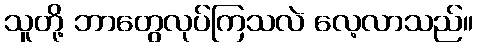
သူတို့ ဘာတွေလုပ်ကြသလဲ လေ့လာသည်။